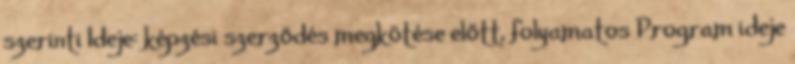
szerinti Ideje: képzési szerződés megkötése előtt, folyamatos Program ideje